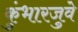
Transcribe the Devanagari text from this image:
कुंभारजुवे